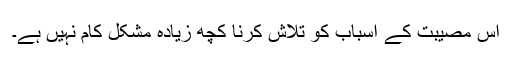
اس مصیبت کے اسباب کو تلاش کرنا کچھ زیادہ مشکل کام نہیں ہے۔